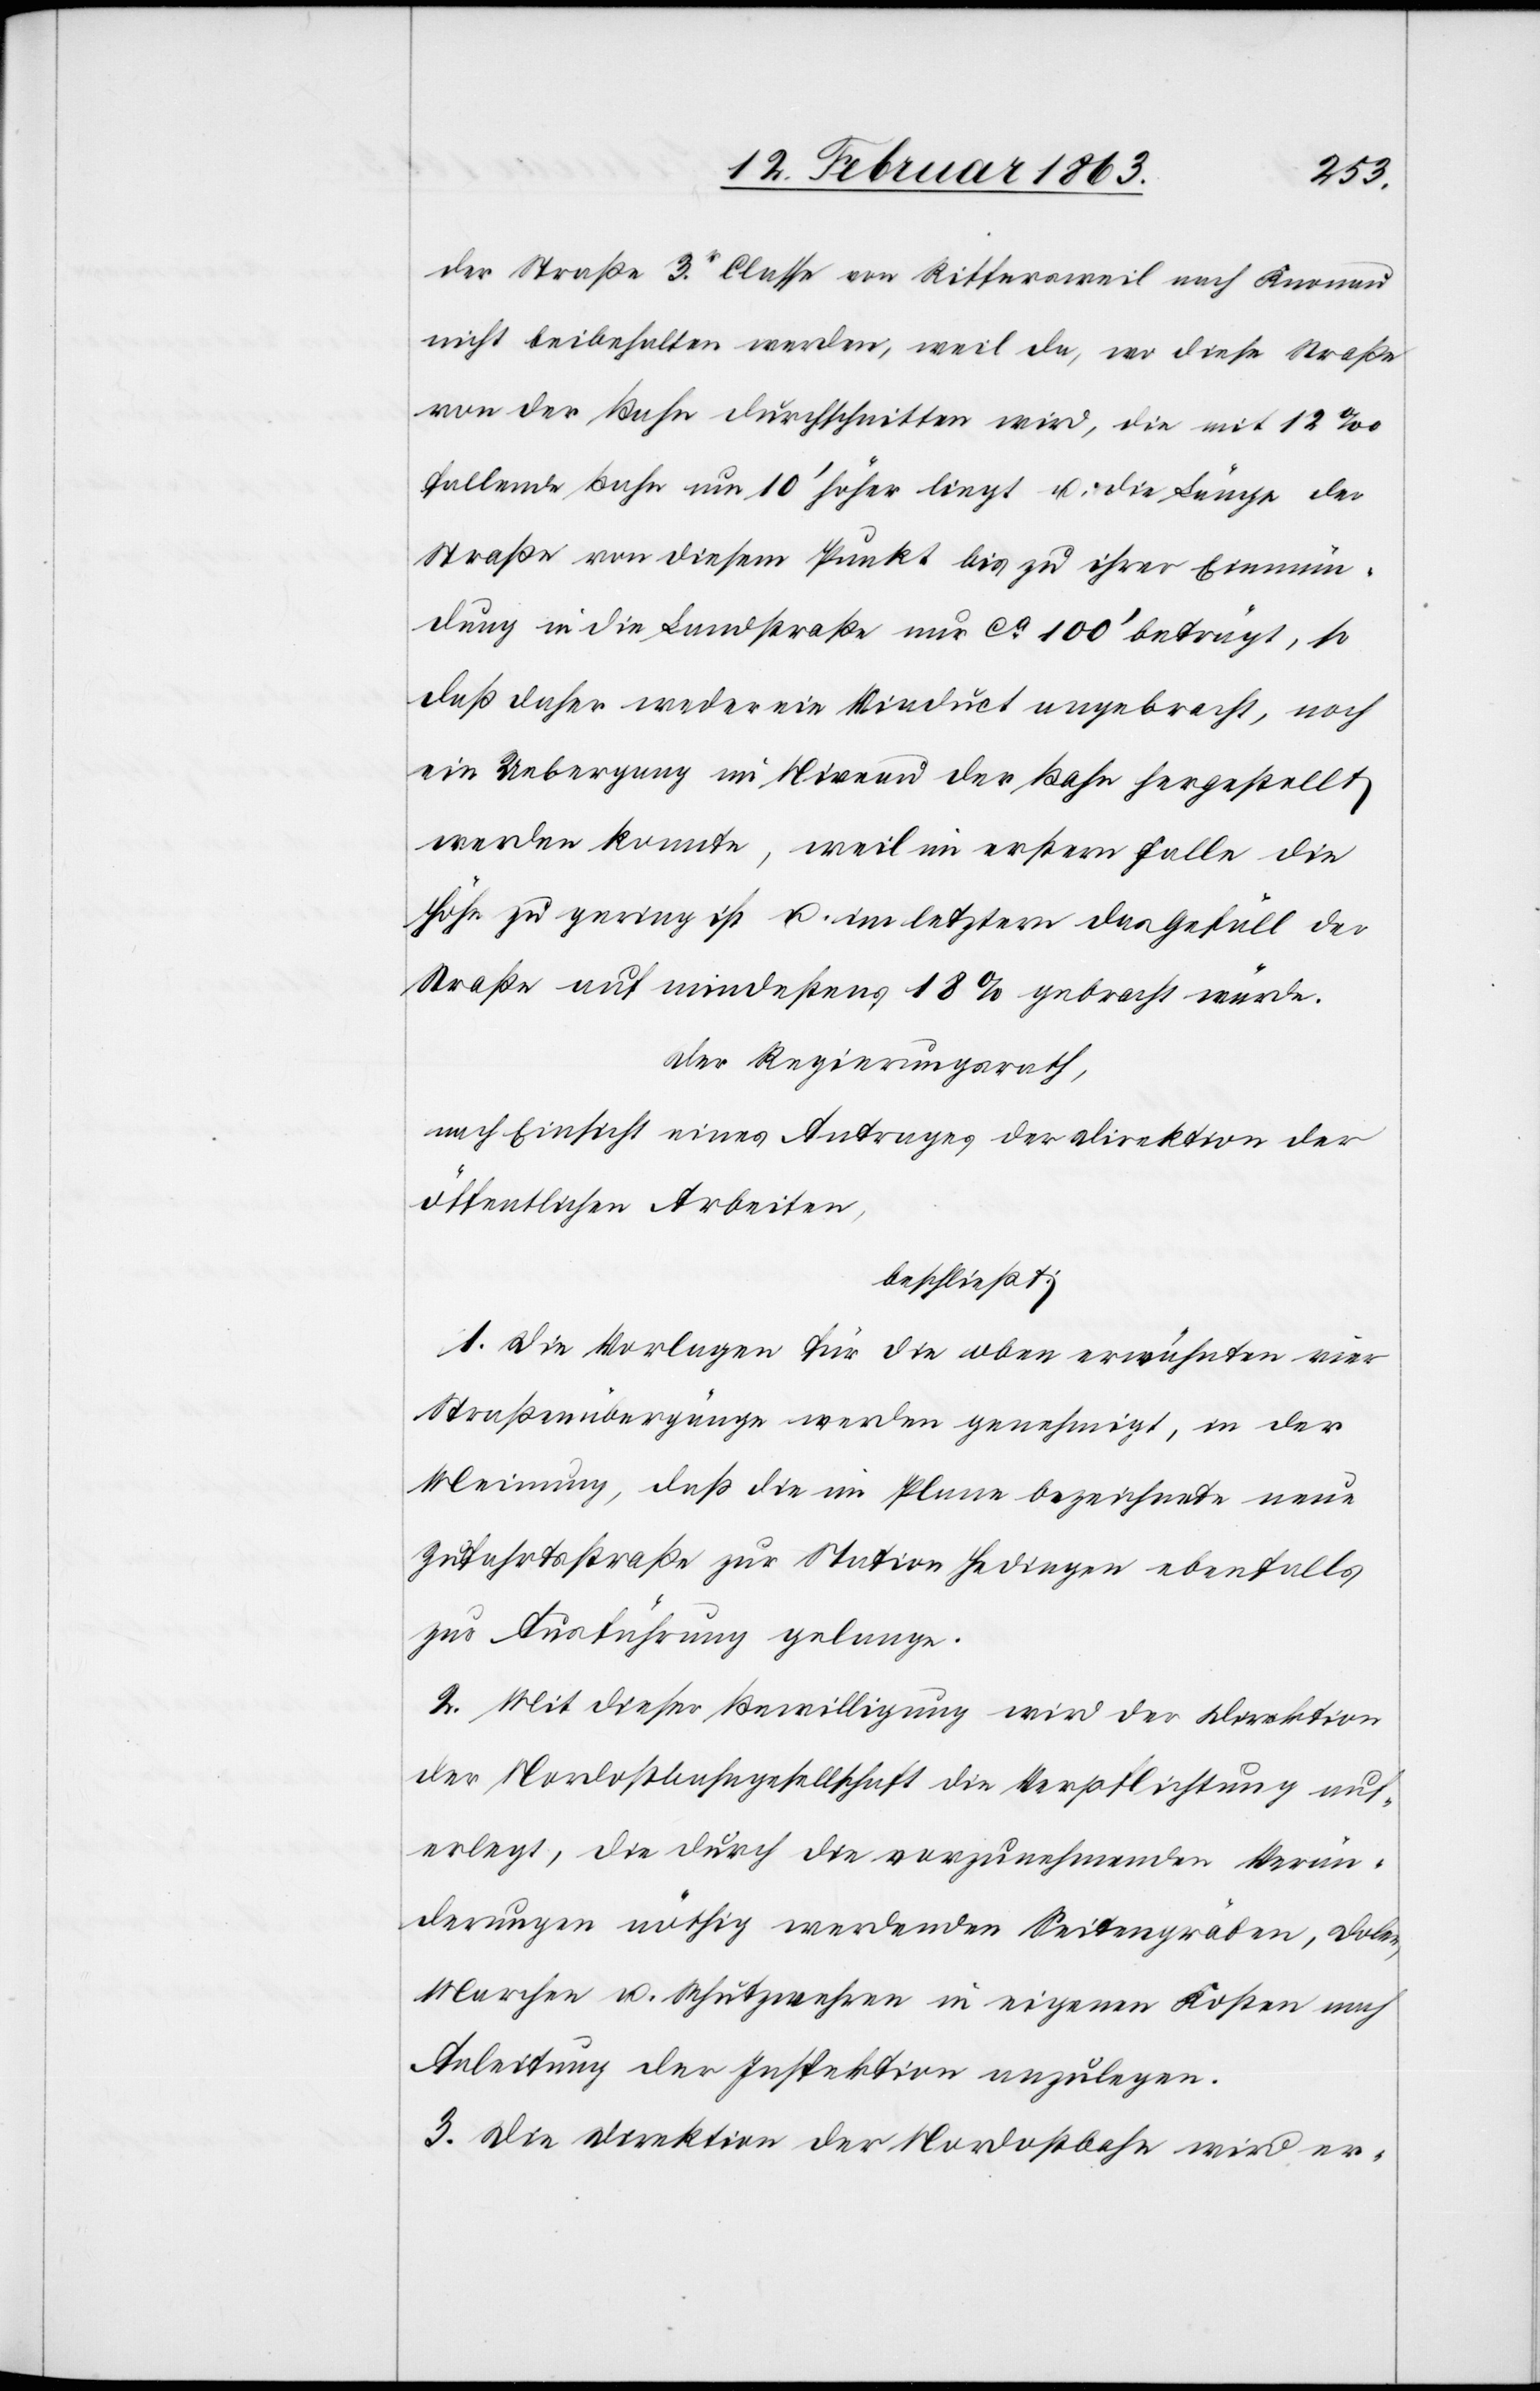
der Straße 3r. Classe von Riffersweil nach Knonau
nicht beibehalten werden, weil da, wo diese Straße
von der Bahn durchschnitten wird, die mit 12‰
fallende Bahn um 10' höher liegt u. die Länge der
Straße von diesem Punkt bis zu ihrer Einmün¬
dung in die Landstraße nur ca 100' beträgt, so
daß daher weder ein Viaduct angebracht, noch
ein Uebergang im Niveau der Bahn hergestellt
werden konnte, weil im erstern Falle die
Höhe zu gering ist u. im letztern das Gefäll der
Straße auf mindestens 18% gebracht würde.
Der Regierungsrath,
nach Einsicht eines Antrages der Direktion der
öffentlichen Arbeiten,
beschließt:
1. Die Vorlagen für die oben erwähnten vier
Straßenübergänge werden genehmigt, in der
Meinung, daß die im Plane bezeichnete neue
Zufahrtsstraße zur Station Hedingen ebenfalls
zur Ausführung gelange.
2. Mit dieser Bewilligung wird der Direktion
der Nordostbahngesellschaft die Verpflichtung auf¬
erlegt, die durch die vorzunehmenden Verän¬
derungen nöthig werdenden Seitengräben, Dolen,
Marchen u. Schützwehren in eigenen Kosten nach
Anleitung der Inspektion anzulegen.
3. Die Direktion der Nordostbahn wird er-